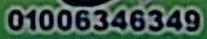
01006346349